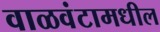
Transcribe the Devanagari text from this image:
वाळवंटामधील